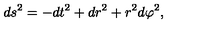
d s ^ { 2 } = - d t ^ { 2 } + d r ^ { 2 } + r ^ { 2 } d \varphi ^ { 2 } ,